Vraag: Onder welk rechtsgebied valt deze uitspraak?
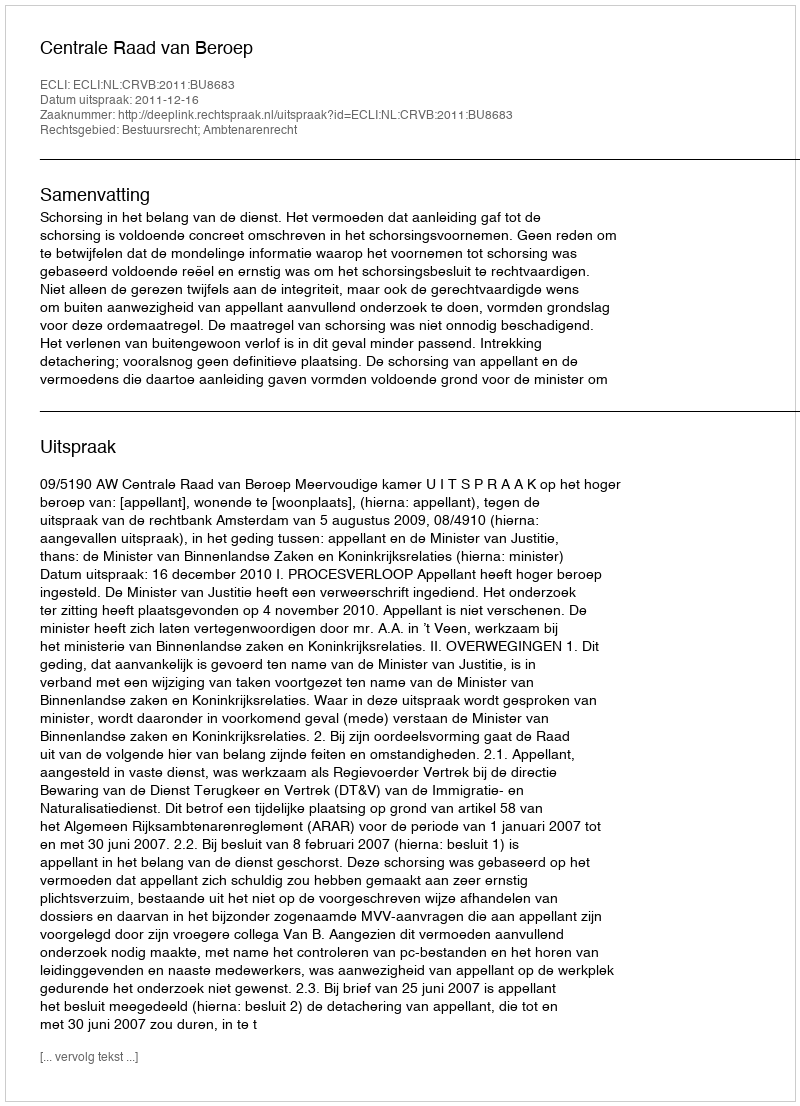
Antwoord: Bestuursrecht; Ambtenarenrecht